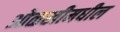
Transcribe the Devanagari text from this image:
ओळखीमधील